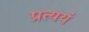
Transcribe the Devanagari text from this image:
प्रत्ययं